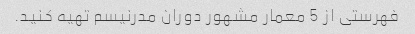
فهرستی از 5 معمار مشهور دوران مدرنیسم تهیه کنید.